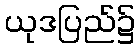
ယုဒပြည်၌